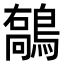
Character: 𪄘